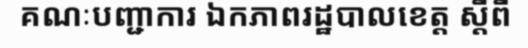
គណៈបញ្ជាការ ឯកភាពរដ្ឋបាលខេត្ត ស្តីពី